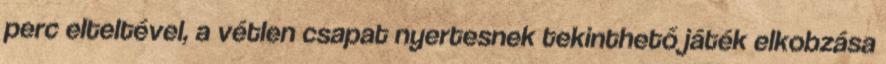
perc elteltével, a vétlen csapat nyertesnek tekinthető játék elkobzása